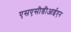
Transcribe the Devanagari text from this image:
एसएसीडीआईएन